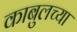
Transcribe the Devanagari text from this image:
काबुलच्या